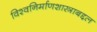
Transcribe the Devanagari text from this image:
विश्वनिर्माणशास्त्राबद्दल